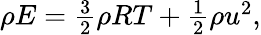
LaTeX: \begin{array}{r}{\rho E=\frac{3}{2}\rho RT+\frac{1}{2}\rho u^{2},}\end{array}